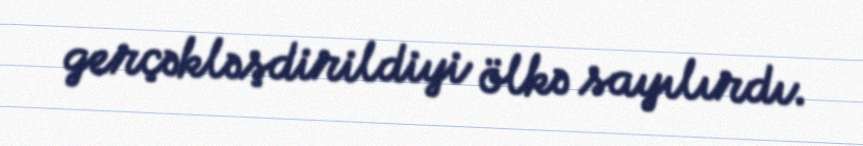
gerçəkləşdirildiyi ölkə sayılırdı.